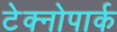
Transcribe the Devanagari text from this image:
टेक्नोपार्क